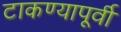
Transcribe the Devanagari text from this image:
टाकण्यापूर्वी